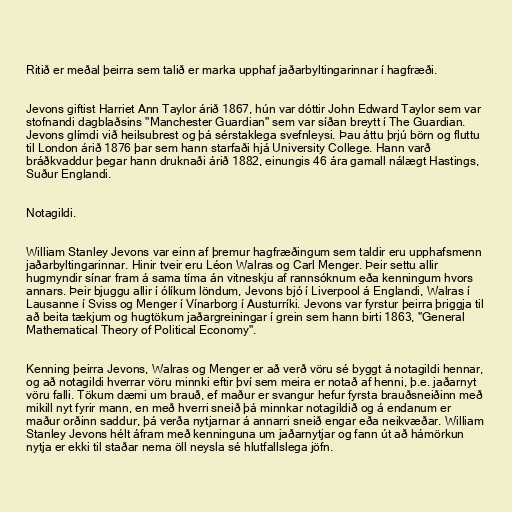
Ritið er meðal þeirra sem talið er marka upphaf jaðarbyltingarinnar í hagfræði.

Jevons giftist Harriet Ann Taylor árið 1867, hún var dóttir John Edward Taylor sem var
stofnandi dagblaðsins "Manchester Guardian" sem var síðan breytt í The Guardian.
Jevons glímdi við heilsubrest og þá sérstaklega svefnleysi. Þau áttu þrjú börn og fluttu
til London árið 1876 þar sem hann starfaði hjá University College. Hann varð
bráðkvaddur þegar hann druknaði árið 1882, einungis 46 ára gamall nálægt Hastings,
Suður Englandi.

Notagildi.

William Stanley Jevons var einn af þremur hagfræðingum sem taldir eru upphafsmenn
jaðarbyltingarinnar. Hinir tveir eru Léon Walras og Carl Menger. Þeir settu allir
hugmyndir sínar fram á sama tíma án vitneskju af rannsóknum eða kenningum hvors
annars. Þeir bjuggu allir í ólíkum löndum, Jevons bjó í Liverpool á Englandi, Walras í
Lausanne í Sviss og Menger í Vínarborg í Austurríki. Jevons var fyrstur þeirra þriggja til
að beita tækjum og hugtökum jaðargreiningar í grein sem hann birti 1863, "General
Mathematical Theory of Political Economy".

Kenning þeirra Jevons, Walras og Menger er að verð vöru sé byggt á notagildi hennar,
og að notagildi hverrar vöru minnki eftir því sem meira er notað af henni, þ.e. jaðarnyt
vöru falli. Tökum dæmi um brauð, ef maður er svangur hefur fyrsta brauðsneiðinn með
mikill nyt fyrir mann, en með hverri sneið þá minnkar notagildið og á endanum er
maður orðinn saddur, þá verða nytjarnar á annarri sneið engar eða neikvæðar. William
Stanley Jevons hélt áfram með kenninguna um jaðarnytjar og fann út að hámörkun
nytja er ekki til staðar nema öll neysla sé hlutfallslega jöfn.